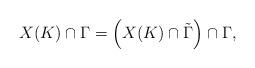
LaTeX: \begin{align*}X(K)\cap\Gamma=\left(X(K)\cap\tilde{\Gamma}\right)\cap \Gamma,\end{align*}